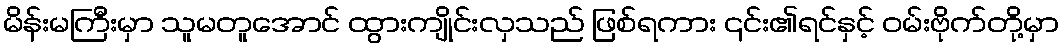
မိန်းမကြီးမှာ သူမတူအောင် ထွားကျိုင်းလှသည် ဖြစ်ရကား ၎င်း၏ရင်နှင့် ဝမ်းဗိုက်တို့မှာ